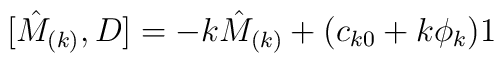
\lbrack \hat{M}_{(k)},D]=-k\hat{M}_{(k)}+(c_{k0}+k\phi _{k})1